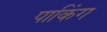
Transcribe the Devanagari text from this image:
पाकिंग